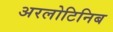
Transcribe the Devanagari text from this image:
अरलोटिनिब